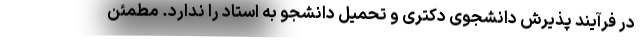
در فرآیند پذیرش دانشجوی دکتری و تحمیل دانشجو به استاد را ندارد. مطمئن